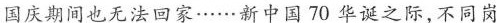
国庆期间也无法回家……新中国70华诞之际，不同岗